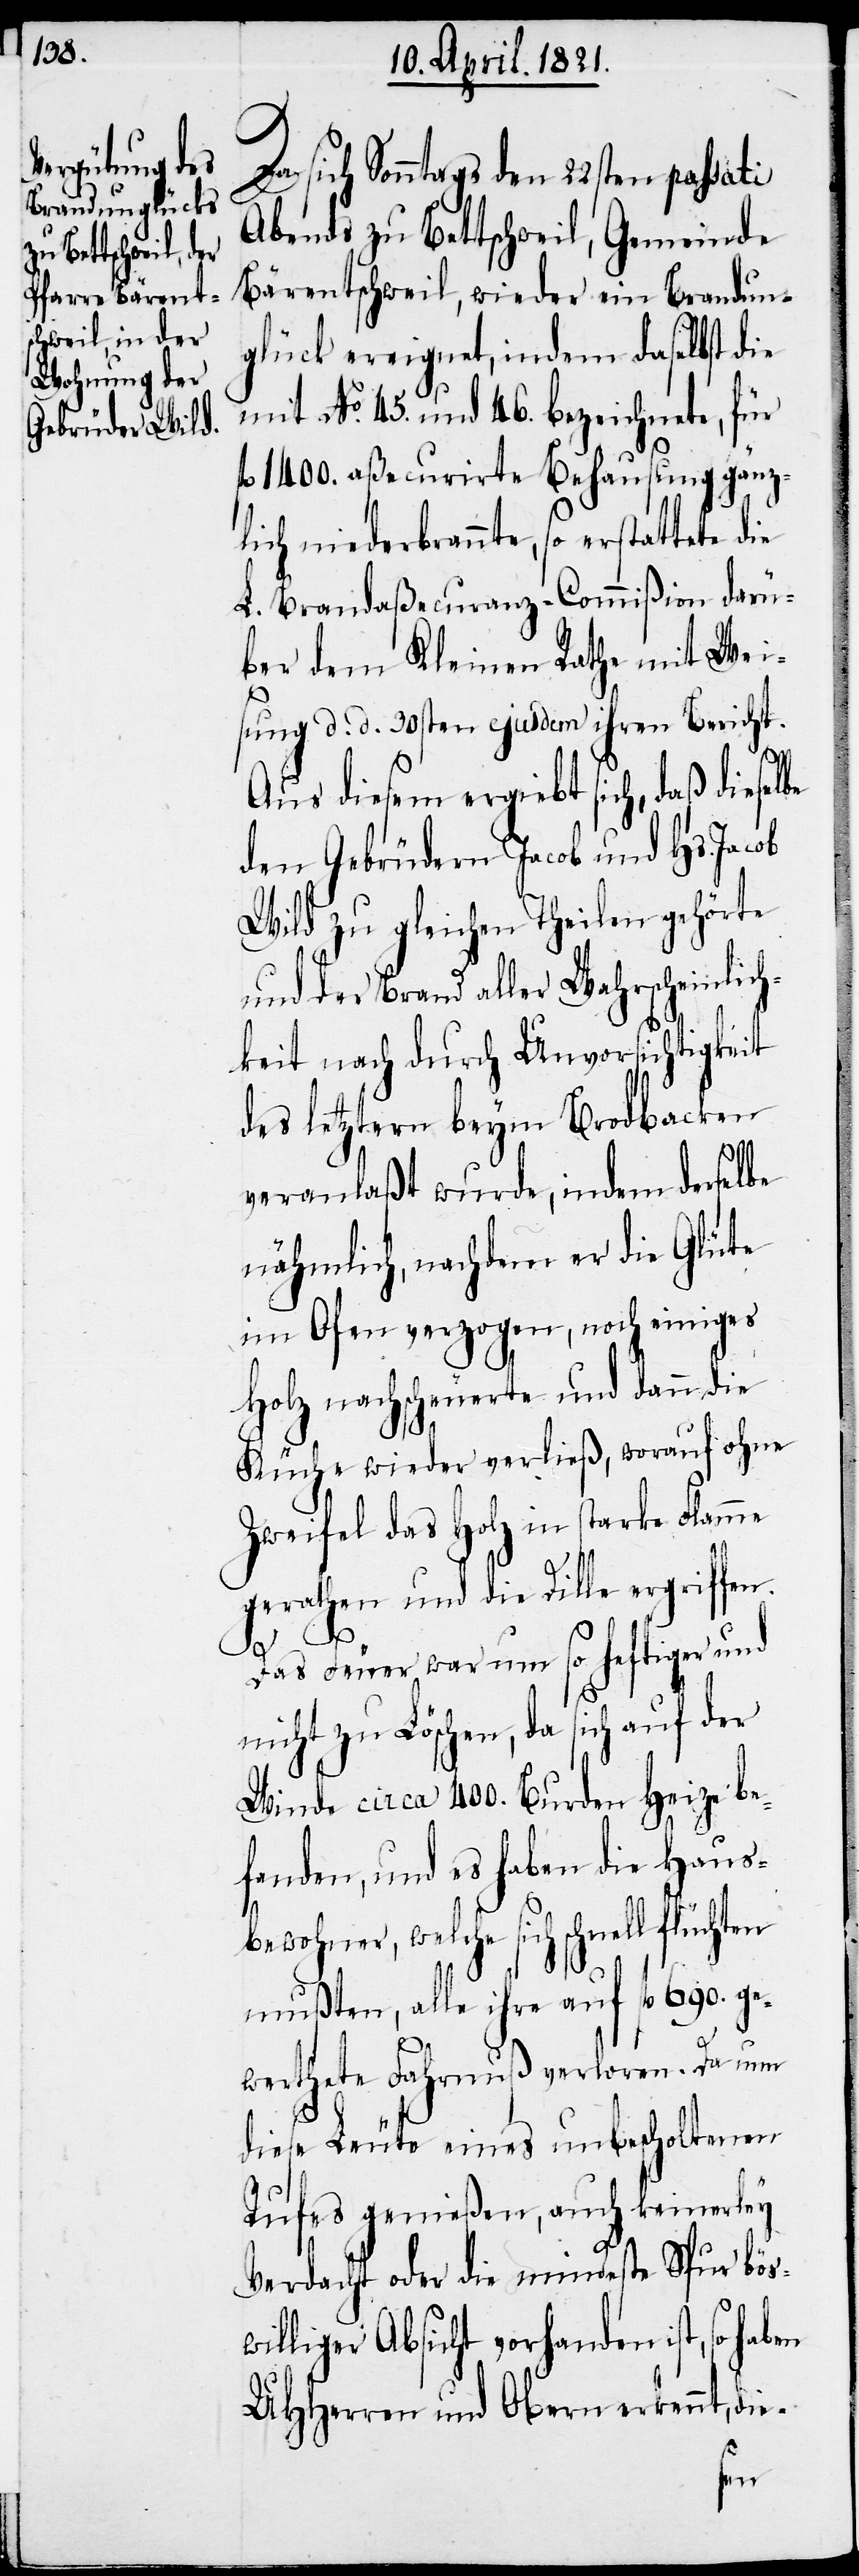
sich Sonntags den 22sten passati
Abends zu Bettschweil, Gemeinde
Bärentschweil, wieder ein Brandun¬
glück ereignet, indem daselbst die
mit No. 45. und 46. bezeichnete, für
fl. 1400. aßecurirte Behausung gänz¬
lich niederbrannte, so erstattete die
L. Brandaßecuranz-Commißion darü¬
ber dem Kleinen Rathe mit Wei¬
sung d. d. 30sten ejusdem ihren Bericht.
Aus diesem ergibt sich, daß dieselbe
den Gebrüdern Jacob und Hs. Jacob
Wild zu gleichen Theilen gehörte
und der Brand aller Wahrscheinlich¬
keit nach durch Unvorsichtigkeit
des letztern beym Brodbacken
veranlaßt wurde, indem derselbe
nähmlich, nachdem er die Glüte
im Ofen verzogen, noch einiges
Holz nachscheuerte und dann die
Küche wieder verließ, worauf ohne
Zweifel das Holz in starke Flamme
gerathen und die Dille ergriffen.
Das Feuer war um so heftiger und
nicht zu Löschen, da sich auf der
Winde circa 400. Burden Heize be¬
fanden, und es haben die Haus¬
bewohner, welche sich schnell flüchten
mußten, alle ihre auf fl. 690. ge¬
werthete Fahrnuß verloren. Da nun
diese Leute eines unbescholtenen
Rufes genießen, auch keinerley
Verdacht oder die mindeste Spur bösw¬
illiger Absicht vorhanden ist, so ha¬
UHHerren und Obern erkennt, die-
ben